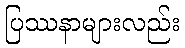
ပြဿနာများလည်း